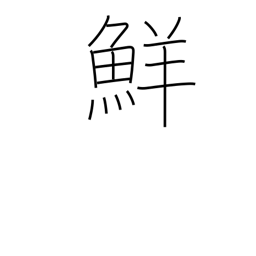
Meaning: fresh